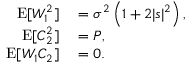
\begin{array} { r l } { \operatorname { E } [ W _ { 1 } ^ { 2 } ] } & { { } = \sigma ^ { 2 } \left( 1 + 2 | s | ^ { 2 } \right) , } \\ { \operatorname { E } [ C _ { 2 } ^ { 2 } ] } & { { } = P , } \\ { \operatorname { E } [ W _ { 1 } C _ { 2 } ] } & { { } = 0 . } \end{array}